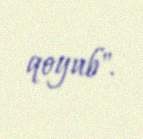
qoyub".